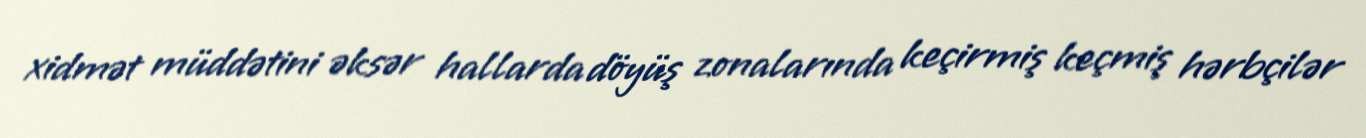
xidmət müddətini əksər hallarda döyüş zonalarında keçirmiş keçmiş hərbçilər